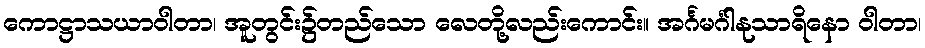
ကောဋ္ဌာသယာဝါတာ၊ အူတွင်း၌တည်သော လေတို့လည်းကောင်း။ အင်္ဂမင်္ဂါနုသာရိနော ဝါတာ၊